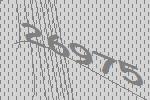
26975